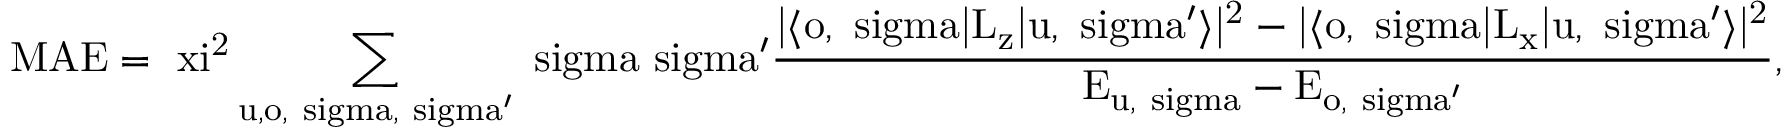
\mathrm { M A E = \ x i ^ { 2 } \sum _ { u , o , \ s i g m a , \ s i g m a ^ { \prime } } \ s i g m a \ s i g m a ^ { \prime } \frac { | \langle o , \ s i g m a | L _ { z } | u , \ s i g m a ^ { \prime } \rangle | ^ { 2 } - | \langle o , \ s i g m a | L _ { x } | u , \ s i g m a ^ { \prime } \rangle | ^ { 2 } } { E _ { u , \ s i g m a } - E _ { o , \ s i g m a ^ { \prime } } } , }